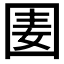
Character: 𡇦